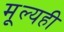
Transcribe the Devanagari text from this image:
मूल्यही